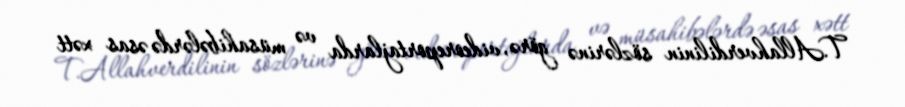
T.Allahverdilinin sözlərinə görə, videoreportajlarda və müsahibələrdə əsas xətt